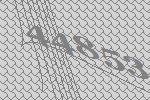
44853